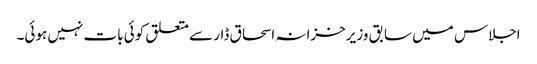
اجلاس میں سابق وزیرخزانہ اسحاق ڈار سے متعلق کوئی بات نہیں ہوئی۔